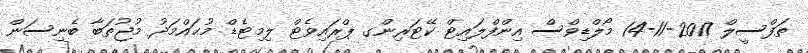
ތަފްސީލް 2017-11-14 މޯލްޑިވްސް އިންފްލައިޓް ކޭޓަރިންގ ޕްރައިވެޓް ލިމިޓެޑް މުޙައްމަދު މުޖުތަބާ ބެނިސަން